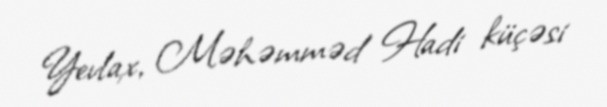
Yevlax, Məhəmməd Hadi küçəsi